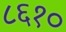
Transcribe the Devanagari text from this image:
८६१०